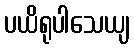
ပယိရုပါသေယျ